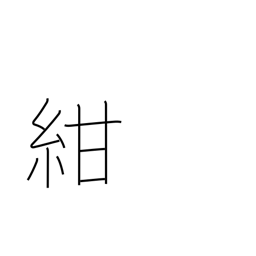
Meaning: dark blue